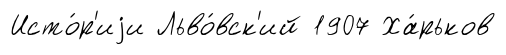
Исто́р'иjи Льво́вск'ий 1907 Ха́рьков